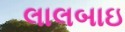
લાલબાઇ